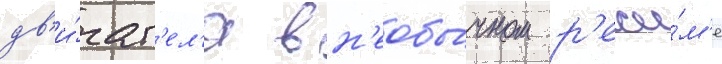
дв'и́гат'ел'я в н'еобы́чном р'ежи́м'е